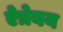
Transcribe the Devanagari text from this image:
ऐत्रेयय